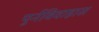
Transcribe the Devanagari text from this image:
पुर्नविवाहास